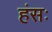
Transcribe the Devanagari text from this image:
हंसः